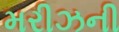
મરીઝની